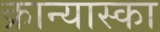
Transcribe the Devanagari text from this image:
क्रान्यास्का